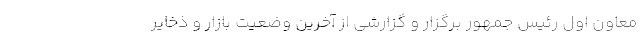
معاون اول رئیس جمهور برگزار و گزارشی از آخرین وضعیت بازار و ذخایر